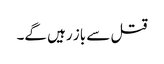
قتل سے باز رہیں گے۔